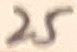
Text: 25